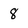
Character: 8